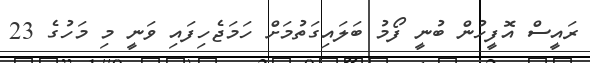
ރައީސް އޮފީހުން ބުނީ ފޯމު ބަލައިގަތުމަށް ހަމަޖެހިފައި ވަނީ މި މަހުގެ 23